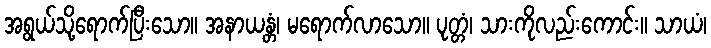
အရွယ်သို့ရောက်ပြီးသော။ အနာယန္တံ၊ မရောက်လာသော။ ပုတ္တံ၊ သားကိုလည်းကောင်း။ သာယံ၊